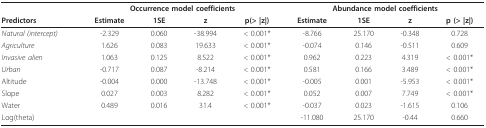
<table><thead><tr><td></td><td colspan="4"><b>Occurrence model coefficients</b></td><td colspan="4"><b>Abundance model coefficients</b></td></tr><tr><td><b>Predictors</b></td><td><b>Estimate</b></td><td><b>1SE</b></td><td><b>z</b></td><td><b>p(&gt; |z|)</b></td><td><b>Estimate</b></td><td><b>1SE</b></td><td><b>z</b></td><td><b>p (&gt; |z|)</b></td></tr></thead><tbody><tr><td><i>Natural (intercept)</i></td><td>-2.329</td><td>0.060</td><td>-38.994</td><td>&lt; 0.001*</td><td>-8.766</td><td>25.170</td><td>-0.348</td><td>0.728</td></tr><tr><td><i>Agriculture</i></td><td>1.626</td><td>0.083</td><td>19.633</td><td>&lt; 0.001*</td><td>-0.074</td><td>0.146</td><td>-0.511</td><td>0.609</td></tr><tr><td><i>Invasive alien</i></td><td>1.063</td><td>0.125</td><td>8.522</td><td>&lt; 0.001*</td><td>0.962</td><td>0.223</td><td>4.319</td><td>&lt; 0.001*</td></tr><tr><td><i>Urban</i></td><td>-0.717</td><td>0.087</td><td>-8.214</td><td>&lt; 0.001*</td><td>0.581</td><td>0.166</td><td>3.489</td><td>&lt; 0.001*</td></tr><tr><td>Altitude</td><td>-0.004</td><td>0.000</td><td>-13.748</td><td>&lt; 0.001*</td><td>-0.005</td><td>0.001</td><td>-5.953</td><td>&lt; 0.001*</td></tr><tr><td>Slope</td><td>0.027</td><td>0.003</td><td>8.282</td><td>&lt; 0.001*</td><td>0.052</td><td>0.007</td><td>7.749</td><td>&lt; 0.001*</td></tr><tr><td>Water</td><td>0.489</td><td>0.016</td><td>31.4</td><td>&lt; 0.001*</td><td>-0.037</td><td>0.023</td><td>-1.615</td><td>0.106</td></tr><tr><td>Log(theta)</td><td></td><td></td><td></td><td></td><td>-11.080</td><td>25.170</td><td>-0.44</td><td>0.660</td></tr></tbody></table>